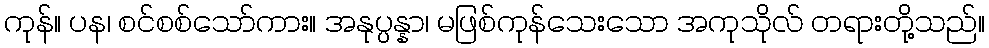
ကုန်။ ပန၊ စင်စစ်သော်ကား။ အနုပ္ပန္နာ၊ မဖြစ်ကုန်သေးသော အကုသိုလ် တရားတို့သည်။